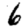
Digit: 6